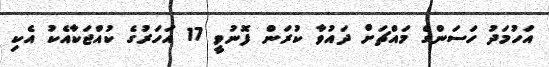
އަހުމަދު ހަސަންގެ މައްޗަށް ދައުވާ ކުރަން ފޮނުވީ 17 އަހަރުގެ ކުއްޖަކާއެކު އެކި